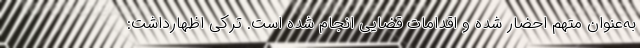
به‌عنوان متهم احضار شده و اقدامات قضایی انجام شده است. ترکی اظهارداشت: